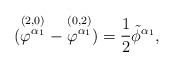
\begin{align*}(\stackrel{(2,0)}{\varphi^{\alpha_{1}}}-\stackrel{(0,2)}{\varphi^{\alpha_{1}}})= {1 \over 2} \tilde{\phi}^{\alpha_{1}},\end{align*}